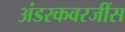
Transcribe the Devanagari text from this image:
अंडरकवरजींस